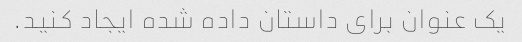
یک عنوان برای داستان داده شده ایجاد کنید.